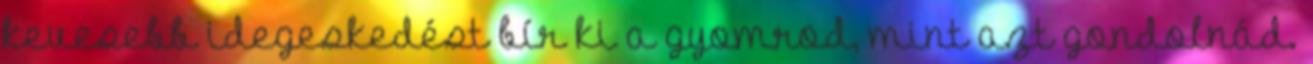
kevesebb idegeskedést bír ki a gyomrod, mint azt gondolnád.